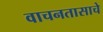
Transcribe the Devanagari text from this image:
वाचनतासाचे